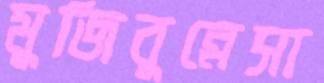
মুজিবুন্নেসা